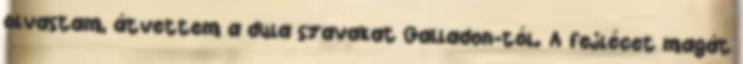
olvastam, átvettem a dula szavakat Galladon-tól. A fejlécet magát